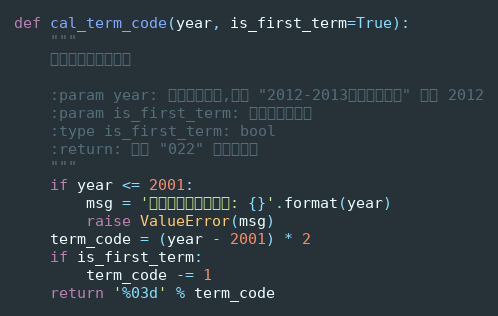
Language: Python
def cal_term_code(year, is_first_term=True):
    """
    计算对应的学期代码

    :param year: 学年开始年份,例如 "2012-2013学年第二学期" 就是 2012
    :param is_first_term: 是否为第一学期
    :type is_first_term: bool
    :return: 形如 "022" 的学期代码
    """
    if year <= 2001:
        msg = '出现了超出范围年份: {}'.format(year)
        raise ValueError(msg)
    term_code = (year - 2001) * 2
    if is_first_term:
        term_code -= 1
    return '%03d' % term_code